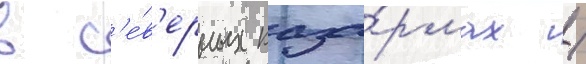
в с'е́в'ерных каза́рмах /